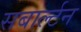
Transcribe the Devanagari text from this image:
सबार्ल्टन